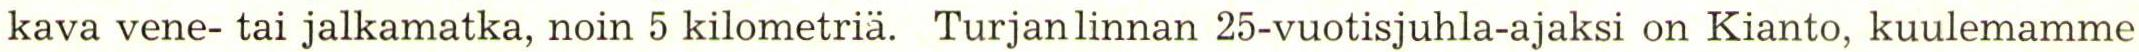
kava vene- tai jalkamatka, noin 5 kilometriä. Turjanlinnan 25-vuotisjuhla-ajaksi on Kianto, kuulemamme